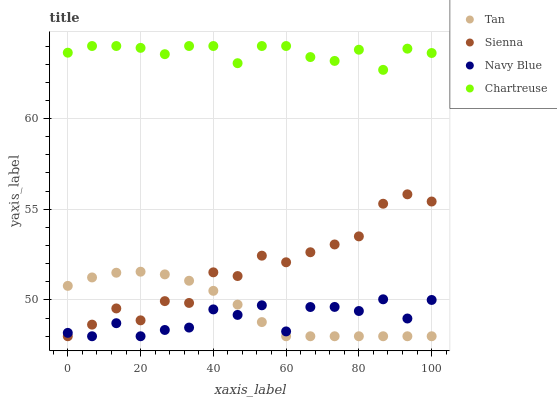
| xaxis_label | Tan | Sienna | Navy Blue | Chartreuse |
 | --- | --- | --- | --- | --- |
 | 0 | 50.8 | 48 | 48.2 | 63.6 |
 | 6.67 | 51.2 | 48.6 | 48 | 64 |
 | 13.3 | 51.5 | 49.5 | 48.7 | 64 |
 | 20 | 51.6 | 48.9 | 48 | 63.9 |
 | 26.7 | 51.4 | 49.9 | 48.3 | 63.5 |
 | 33.3 | 51.1 | 49.8 | 48.5 | 64 |
 | 40 | 50.5 | 51.5 | 49.5 | 64 |
 | 46.7 | 49.7 | 51.3 | 49.2 | 63.1 |
 | 53.3 | 48.8 | 52.4 | 49.7 | 64 |
 | 60 | 48 | 52.1 | 48.3 | 64 |
 | 66.7 | 48 | 52.6 | 49.6 | 63.4 |
 | 73.3 | 48 | 53.1 | 49.6 | 63.2 |
 | 80 | 48 | 53.5 | 49.4 | 63.8 |
 | 86.7 | 48 | 55.3 | 50 | 62.7 |
 | 93.3 | 48 | 55.8 | 49 | 63.9 |
 | 100 | 48 | 55.4 | 50 | 63.6 |